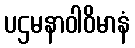
ပဌမနာဝါဝိမာနံ